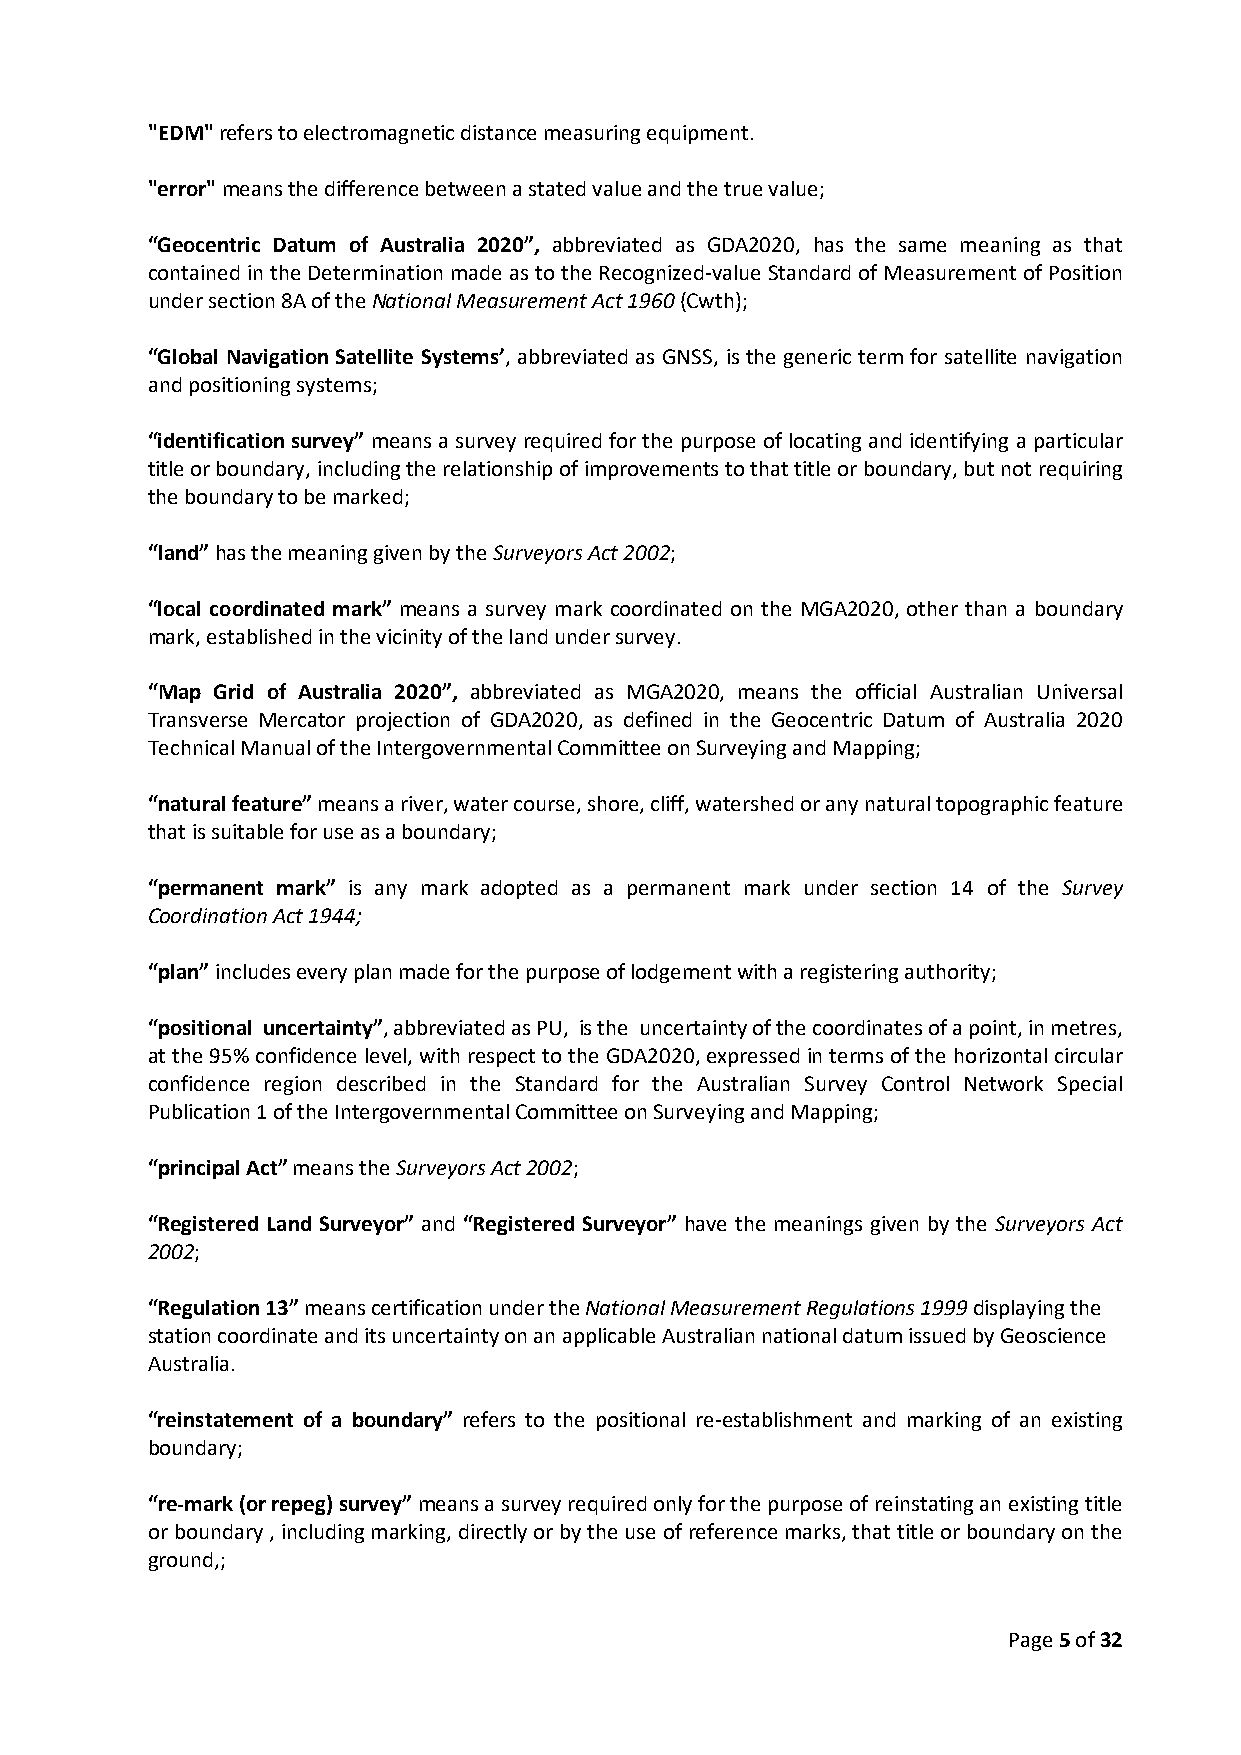
"EDM" refers to electromagnetic distance measuring equipment.
 "error" means the difference between a stated value and the true value;
 “Geocentric Datum of Australia 2020”, abbreviated as GDA2020, has the same meaning as that
 contained in the Determination made as to the Recognized-value Standard of Measurement of Position
 under section 8A of the National Measurement Act 1960 (Cwth);
 “Global Navigation Satellite Systems’, abbreviated as GNSS, is the generic term for satellite navigation
 and positioning systems;
 “identification survey” means a survey required for the purpose of locating and identifying a particular
 title or boundary, including the relationship of improvements to that title or boundary, but not requiring
 the boundary to be marked;
 “land” has the meaning given by the Surveyors Act 2002;
 “local coordinated mark” means a survey mark coordinated on the MGA2020, other than a boundary
 mark, established in the vicinity of the land under survey.
 “Map Grid of Australia 2020”, abbreviated as MGA2020, means the official Australian Universal
 Transverse Mercator projection of GDA2020, as defined in the Geocentric Datum of Australia 2020
 Technical Manual of the Intergovernmental Committee on Surveying and Mapping;
 “natural feature” means a river, water course, shore, cliff, watershed or any natural topographic feature
 that is suitable for use as a boundary;
 “permanent mark” is any mark adopted as a permanent mark under section 14 of the Survey
 Coordination Act 1944;
 “plan” includes every plan made for the purpose of lodgement with a registering authority;
 “positional uncertainty”, abbreviated as PU, is the uncertainty of the coordinates of a point, in metres,
 at the 95% confidence level, with respect to the GDA2020, expressed in terms of the horizontal circular
 confidence region described in the Standard for the Australian Survey Control Network Special
 Publication 1 of the Intergovernmental Committee on Surveying and Mapping;
 “principal Act” means the Surveyors Act 2002;
 “Registered Land Surveyor” and “Registered Surveyor” have the meanings given by the Surveyors Act
 2002;
 “Regulation 13” means certification under the National Measurement Regulations 1999 displaying the
 station coordinate and its uncertainty on an applicable Australian national datum issued by Geoscience
 Australia.
 “reinstatement of a boundary” refers to the positional re-establishment and marking of an existing
 boundary;
 “re-mark (or repeg) survey” means a survey required only for the purpose of reinstating an existing title
 or boundary , including marking, directly or by the use of reference marks, that title or boundary on the
 ground,;
 Page 5 of 32